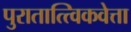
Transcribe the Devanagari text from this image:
पुरातात्त्विकवेत्ता